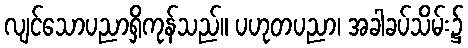
လျင်သောပညာရှိကုန်သည်။ ပဟုတပညာ၊ အခါခပ်သိမ်း၌